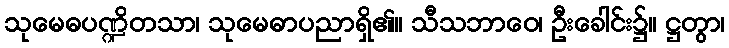
သုမေဓပဏ္ဍိတသာ၊ သုမေဓာပညာရှိ၏။ သီသဘာဝေ၊ ဦးခေါင်း၌။ ဋ္ဌတွာ၊